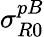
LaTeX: \sigma_{R0}^{pB}